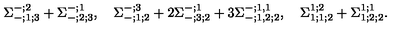
\Sigma _ { - ; 1 ; 3 } ^ { - ; 2 } + \Sigma _ { - ; 2 ; 3 } ^ { - ; 1 } , \quad \Sigma _ { - ; 1 ; 2 } ^ { - ; 3 } + 2 \Sigma _ { - ; 3 ; 2 } ^ { - ; 1 } + 3 \Sigma _ { - ; 1 , 2 ; 2 } ^ { - ; 1 , 1 } , \quad \Sigma _ { 1 ; 1 ; 2 } ^ { 1 ; 2 } + \Sigma _ { 1 ; 2 ; 2 } ^ { 1 ; 1 } .